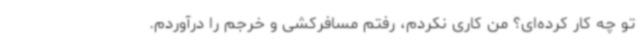
تو چه کار کرده‌ای؟ من کاری نکردم، رفتم مسافرکشی و خرجم را درآوردم.